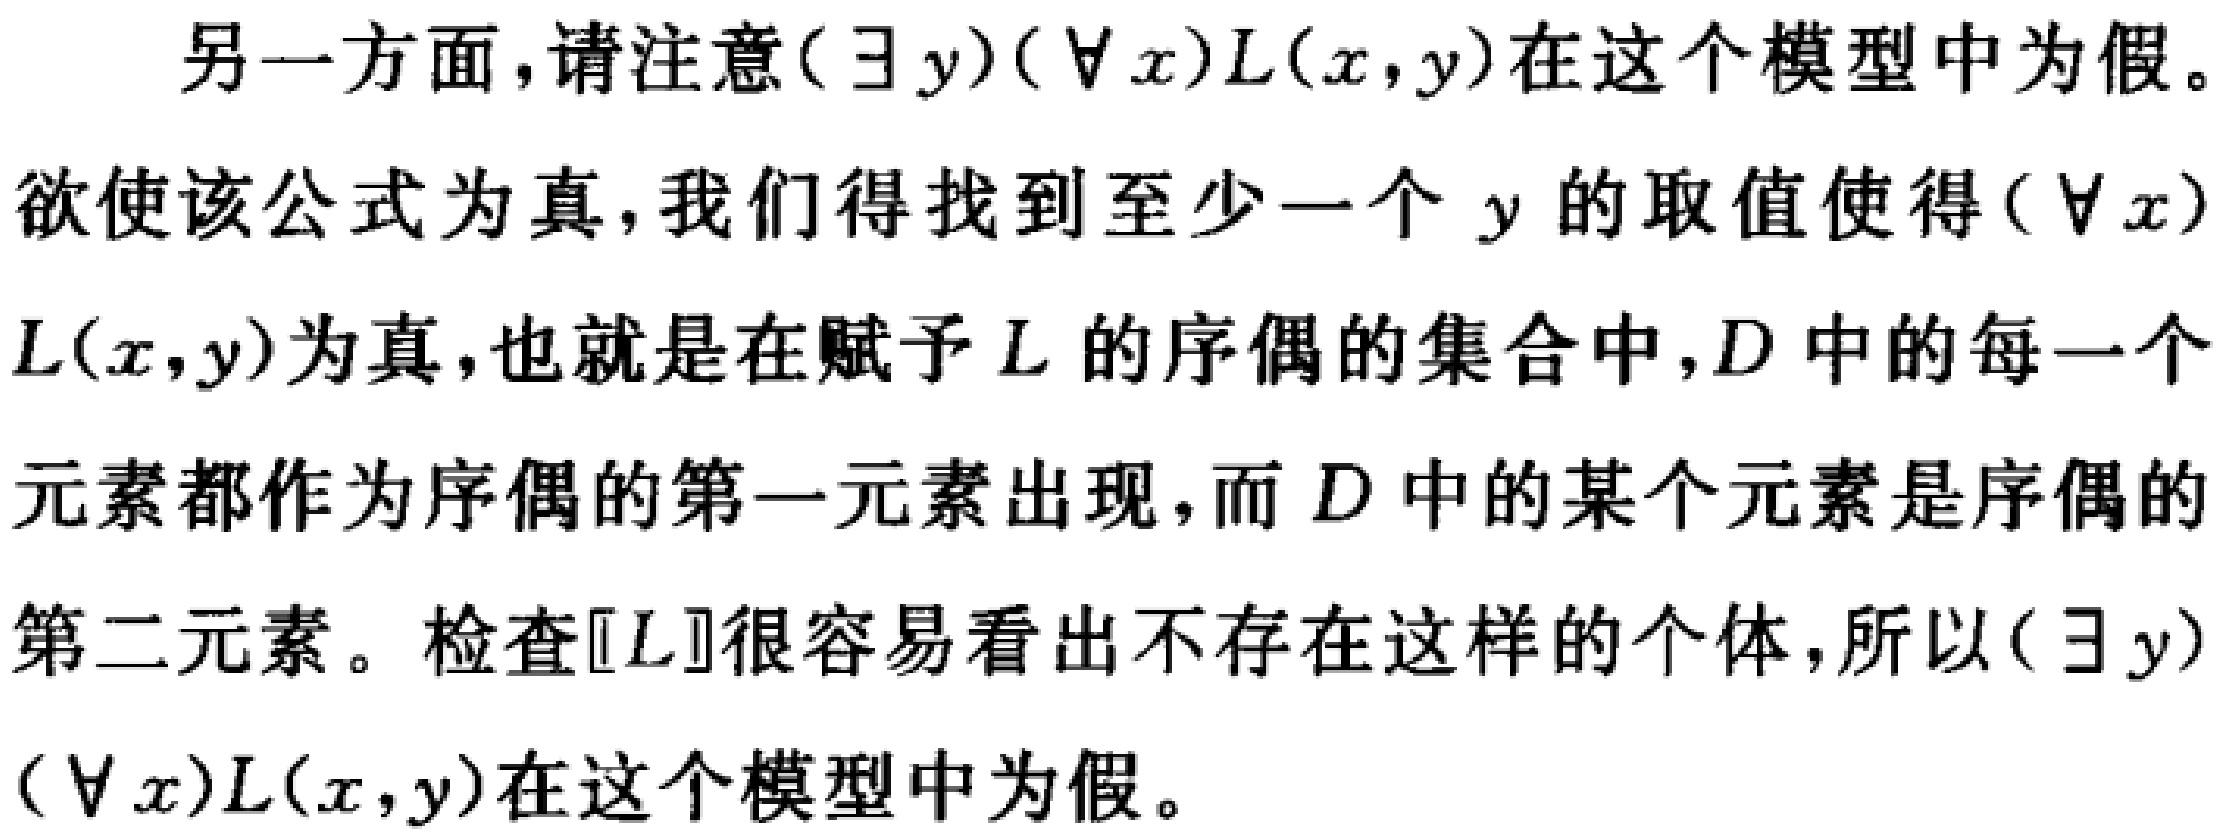
另一方面,请注意$(\exists y)(\forall x)L(x,y)$在这个模型中为假。
欲使该公式为真,我们得找到至少一个$y$的取值使得$(\forall x)$
$L(x,y)$为真,也就是在赋予$L$的序偶的集合中,$D$中的每一个
元素都作为序偶的第一元素出现,而$D$中的某个元素是序偶的
第二元素。检查$[L]$很容易看出不存在这样的个体,所以$(\exists y)$
$(\forall x)L(x,y)$在这个模型中为假。